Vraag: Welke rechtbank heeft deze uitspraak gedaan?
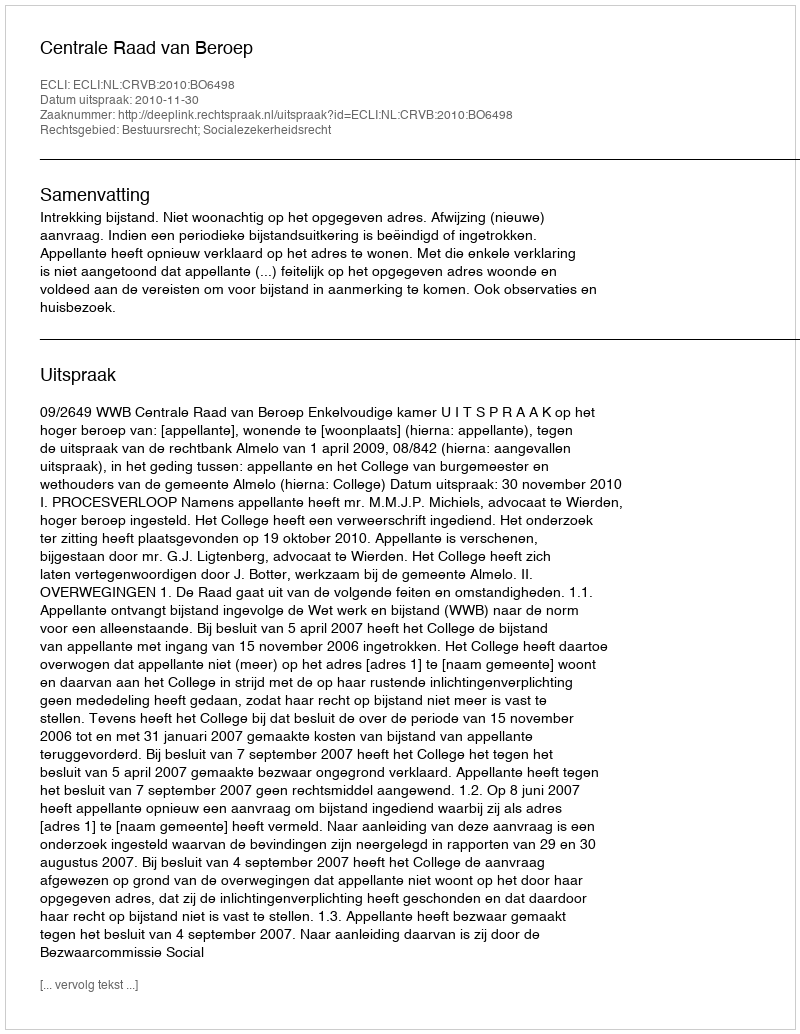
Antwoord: Centrale Raad van Beroep